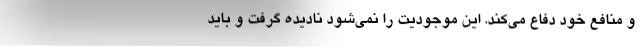
و منافع خود دفاع می‌کند. این موجودیت را نمی‌شود نادیده گرفت و باید